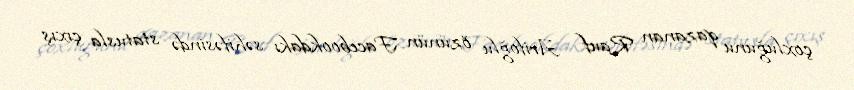
çoxluğunu qazanan Rauf Arifoğlu özünün Facebookdakı səhifəsində statusla çıxış